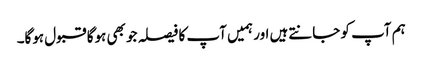
ہم آپ کو جانتےہیں اور ہمیں آپ کا فیصلہ جو بھی ہوگا قبول ہوگا۔